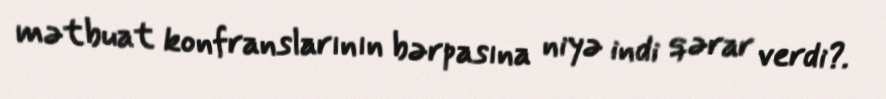
mətbuat konfranslarının bərpasına niyə indi qərar verdi?.